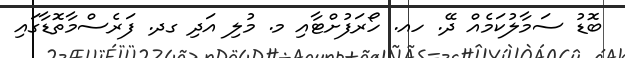
ބޮޑު ސަމާލުކަމެއް ދޭ. ހއ. ހޯރަފުށްޓާއި މ. މުލި އަދި ގދ. ފަރެސްމާތޮޑާގައި